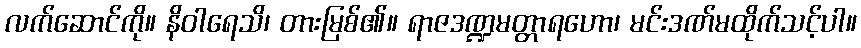
လက်ဆောင်ကို။ နိဝါရေသိ၊ တားမြစ်၏။ ရာဇဒဏ္ဍမတ္တာရဟော၊ မင်းဒဏ်မထိုက်သင့်ပါ။